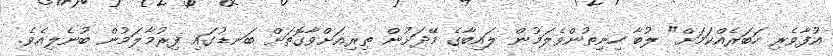
އުފާވެރި ހަބަރެއްކަމަށް" ލުބާ ހިނިތުންވެލަމުން ލައިބާގެ މޭދަށުން ތިރިއަށްވާގޮތަށް ބަނޑުގައި ފިރުމާލަމުން ބުނެލިއެވެ.